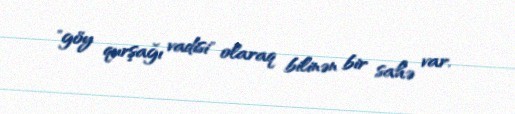
"göy qurşağı vadisi" olaraq bilinən bir sahə var.